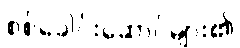
စစ်ခေါင်းဆောင်များ၏